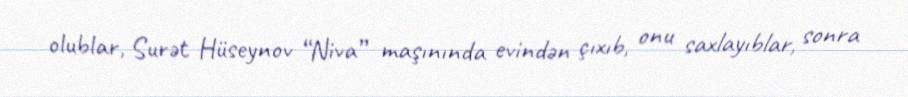
olublar, Surət Hüseynov “Niva” maşınında evindən çıxıb, onu saxlayıblar, sonra